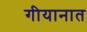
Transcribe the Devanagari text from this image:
गीयानात